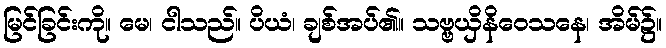
မြင်ခြင်းကို။ မေ၊ ငါသည်။ ပိယံ၊ ချစ်အပ်၏။ သဗ္ဗယှိနိဝေသနေ၊ အိမ်၌။